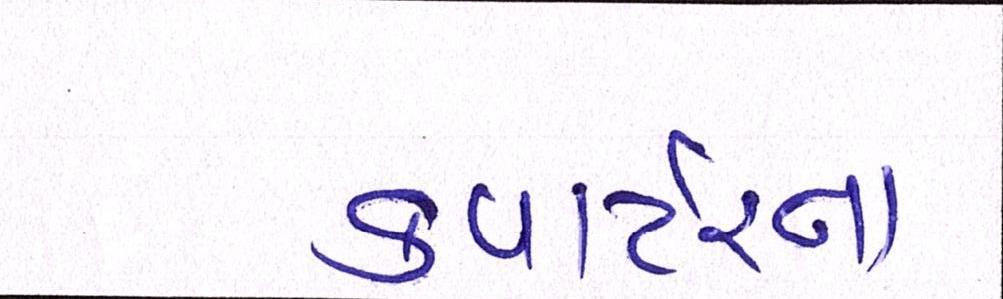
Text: કવાર્ટરના